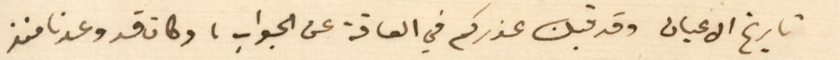
تاريخ الاعيان وقد قبلنا عذركم في العاقة عن الجواب، وكان قد وعدنا منذ